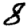
Digit: 8